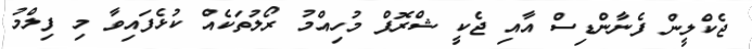
ޖެކްލީން ފެނާންޑިސް އާއި ޖެކީ ޝްރޮފް މުހިއްމު ރޯލުތަކެއް ކުޅެފައިވާ މި ފިލްމު